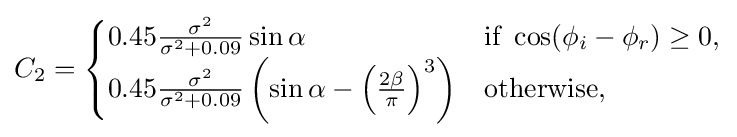
C_{2}={\begin{cases}0.45{\frac {\sigma ^{2}}{\sigma ^{2}+0.09}}\sin \alpha &{\text{if }}\cos(\phi _{i}-\phi _{r})\geq 0,\\0.45{\frac {\sigma ^{2}}{\sigma ^{2}+0.09}}\left(\sin \alpha -\left({\frac {2\beta }{\pi }}\right)^{3}\right)&{\text{otherwise,}}\end{cases}}